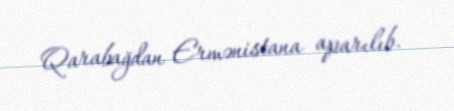
Qarabağdan Ermənistana aparılıb.